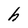
Character: h